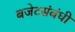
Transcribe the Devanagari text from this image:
बजेटसंबंधी